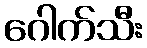
ဂေါက်သီး